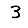
Digit: 3